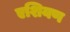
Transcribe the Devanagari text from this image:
एशियण